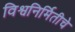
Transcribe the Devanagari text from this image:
विश्वनिर्मितीचे